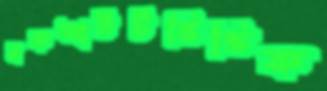
নকআউটভিত্তিক